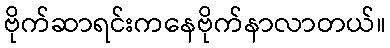
ဗိုက်ဆာရင်းကနေဗိုက်နာလာတယ်။